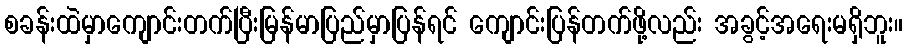
စခန်းထဲမှာကျောင်းတက်ပြီးမြန်မာပြည်မှာပြန်ရင် ကျောင်းပြန်တက်ဖို့လည်း အခွင့်အရေးမရှိဘူး။